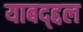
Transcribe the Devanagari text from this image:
याबद्द्दल